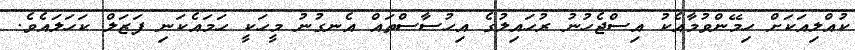
ކުއްލިއަކަށް ހިމޭންވުމާއެކު އިސްޖެހުނު ރުހައިލުގެ އިހުސާސްތައް އެނގުނު މީހަކީ ހަމައެކަނި ފަޒަލް ކަހަލައެވެ.